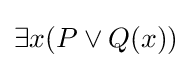
\exists x(P\lor Q(x))